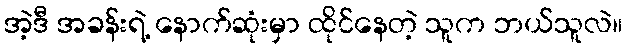
အဲ့ဒီ အခန်းရဲ့ နောက်ဆုံးမှာ ထိုင်နေတဲ့ သူက ဘယ်သူလဲ။